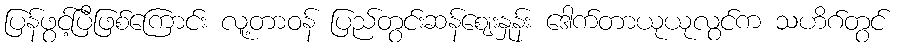
ပြန်ဖွင့်ပြီဖြစ်ကြောင်း လူ့တာဝန် ပြည်တွင်းဆန်ဈေးနှုန်း ဒေါက်တာယုယုလွင်က သဟိဂ်တွင်